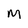
Character: M